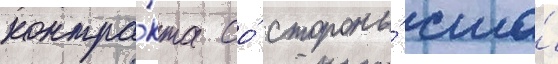
контра́кта со́ стороны́ сша́